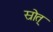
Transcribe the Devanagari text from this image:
स्रोत्